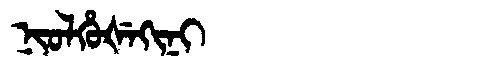
Manchu: ᠨᡳᠣᠯᡥᡠᡧᡝᡴᡳᠨᡳ
Romanization: NIOLHUŠEKINI